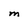
Character: M